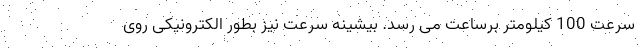
سرعت 100 کیلومتر برساعت می رسد. بیشینه سرعت نیز بطور الکترونیکی روی